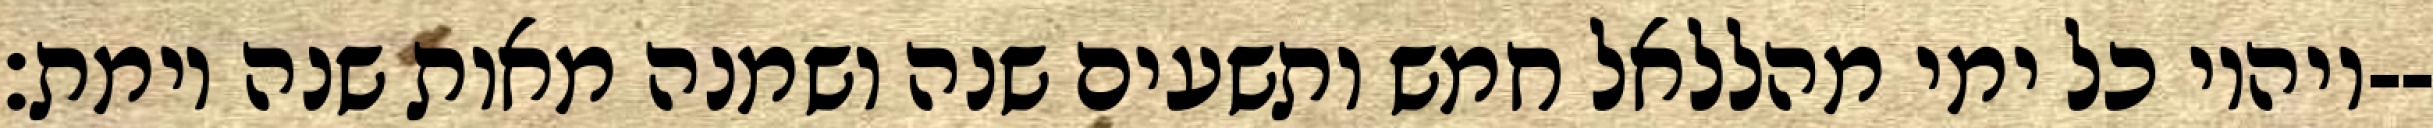
ויהיו כל ימי מהללאל חמש ותשעים שנה ושמנה מאות שנה וימת׃--